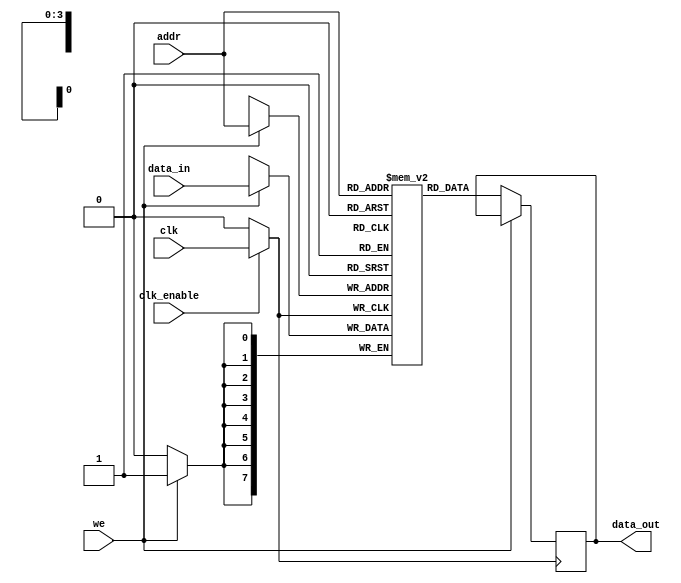
module memory_block (
    input wire clk,               // Global clock signal
    input wire clk_enable,        // Clock enable signal
    input wire [7:0] data_in,     // Data input
    input wire [3:0] addr,        // Address input
    input wire we,                // Write enable
    output reg [7:0] data_out     // Data output
);

    // Memory array (e.g., 16 x 8-bit SRAM)
    reg [7:0] mem_array [0:15];

    // Internal clock signal for gated clock
    wire gated_clk;

    // Transmission gate implementation for clock gating
    assign gated_clk = clk_enable ? clk : 1'b0;

    // Memory operations
    always @(posedge gated_clk) begin
        if (we) begin
            // Write operation
            mem_array[addr] <= data_in;
        end else begin
            // Read operation
            data_out <= mem_array[addr];
        end
    end

endmodule